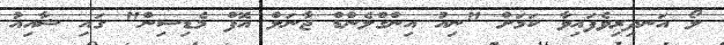
ލޯ އަނދިރިވެފައިވާ ކަމަށް "ނިއު އިންގްލެންޑް ޖާނަލް އޮފް މެޑިސިން" ގައި ޝާއިއު